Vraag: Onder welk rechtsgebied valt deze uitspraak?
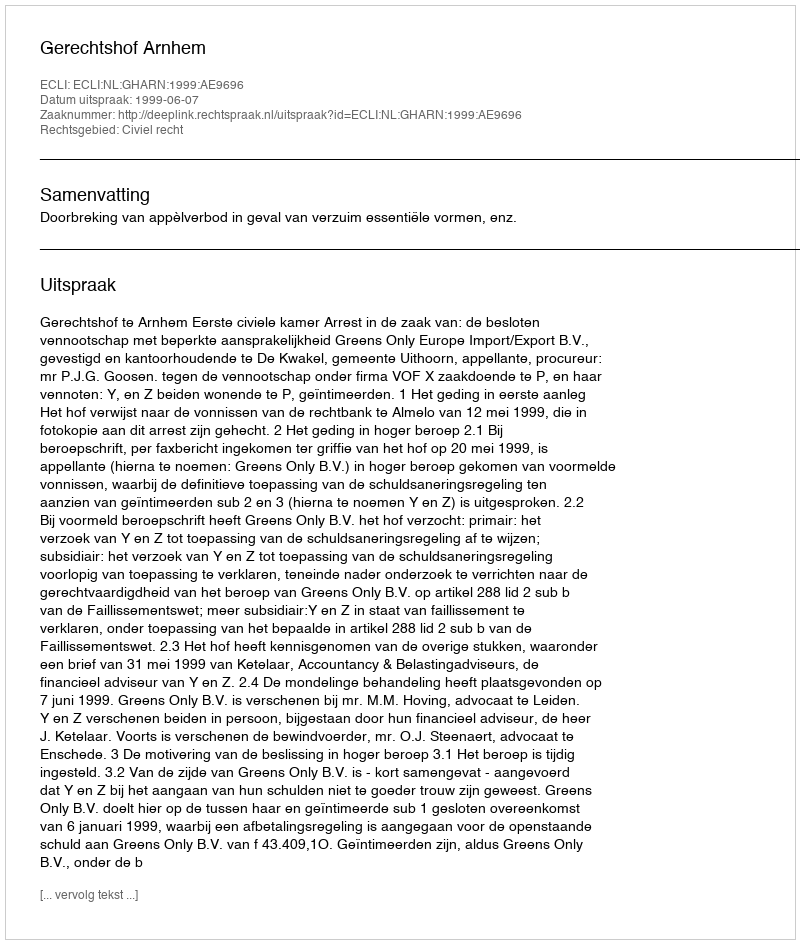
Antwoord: Civiel recht